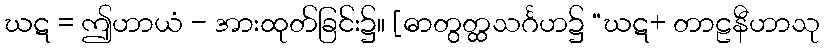
ဃဋ = ဤဟာယံ - အားထုတ်ခြင်း၌။ [ဓာတွတ္ထသင်္ဂဟ၌ “ဃဋ+ တာဠနီဟာသု